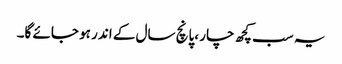
یہ سب کچھ چار ،پانچ سال کے اندر ہو جائے گا۔